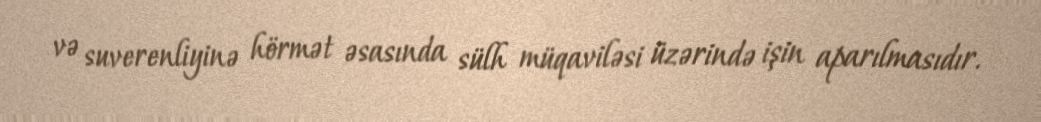
və suverenliyinə hörmət əsasında sülh müqaviləsi üzərində işin aparılmasıdır.